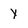
Character: Y